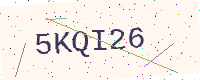
Text: 5KQI26